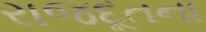
રાજદૂતના